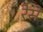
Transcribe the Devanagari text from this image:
रेसें